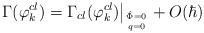
LaTeX: \begin{align*}\Gamma (\varphi^{cl}_k) = \Gamma_{cl} (\varphi ^{cl}_k) \big|_{\hat \Phi= 0 \atop q = 0} + O(\hbar)\end{align*}